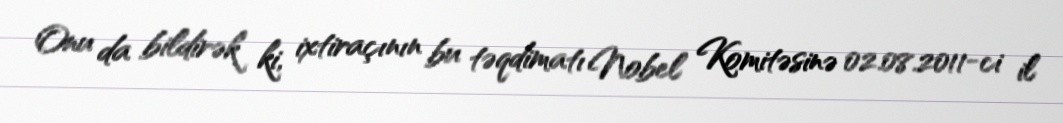
Onu da bildirək ki, ixtiraçının bu təqdimatı Nobel Komitəsinə 02.08.2011-ci il